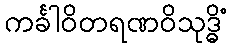
ကင်္ခါဝိတရဏဝိသုဒ္ဓိံ